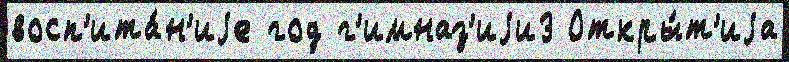
восп'ита́н'иjе год г'имназ'иjи3 Откры́т'иjа